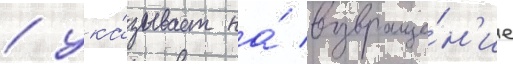
/ ука́зывает на́ возвраще́н'ие